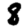
Digit: 8